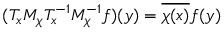
( T _ { x } M _ { \chi } T _ { x } ^ { - 1 } M _ { \chi } ^ { - 1 } f ) ( y ) = { \overline { { \chi ( x ) } } } f ( y )